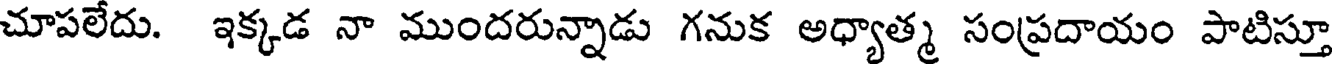
చూపలేదు. ఇక్కడ నా ముందరున్నాడు గనుక అధ్యాత్మ సంప్రదాయం పాటిస్తూ